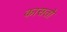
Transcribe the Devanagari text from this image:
कासतो